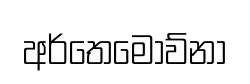
අර්තෙමොව්නා